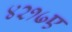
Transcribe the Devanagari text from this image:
४२१७ए